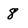
Character: 8